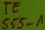
Text: 555-1